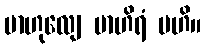
ဗာဟုလျေ ဗာဟိရံ ဗဟိ။